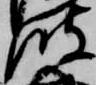
波